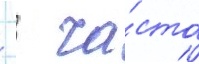
   ча́сто